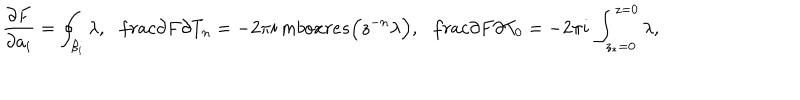
\frac { \partial F } { \partial a _ { i } } = \oint _ { \beta _ { i } } \lambda , \ \ \, \frac { \partial F } { \partial T _ { n } } = - 2 \pi i \, m b o x { r e s } \Big ( z ^ { - n } \lambda \Big ) , \ \ \, \frac { \partial F } { \partial T _ { 0 } } = - 2 \pi i \, \int _ { z _ { * } = 0 } ^ { z = 0 } \lambda ,